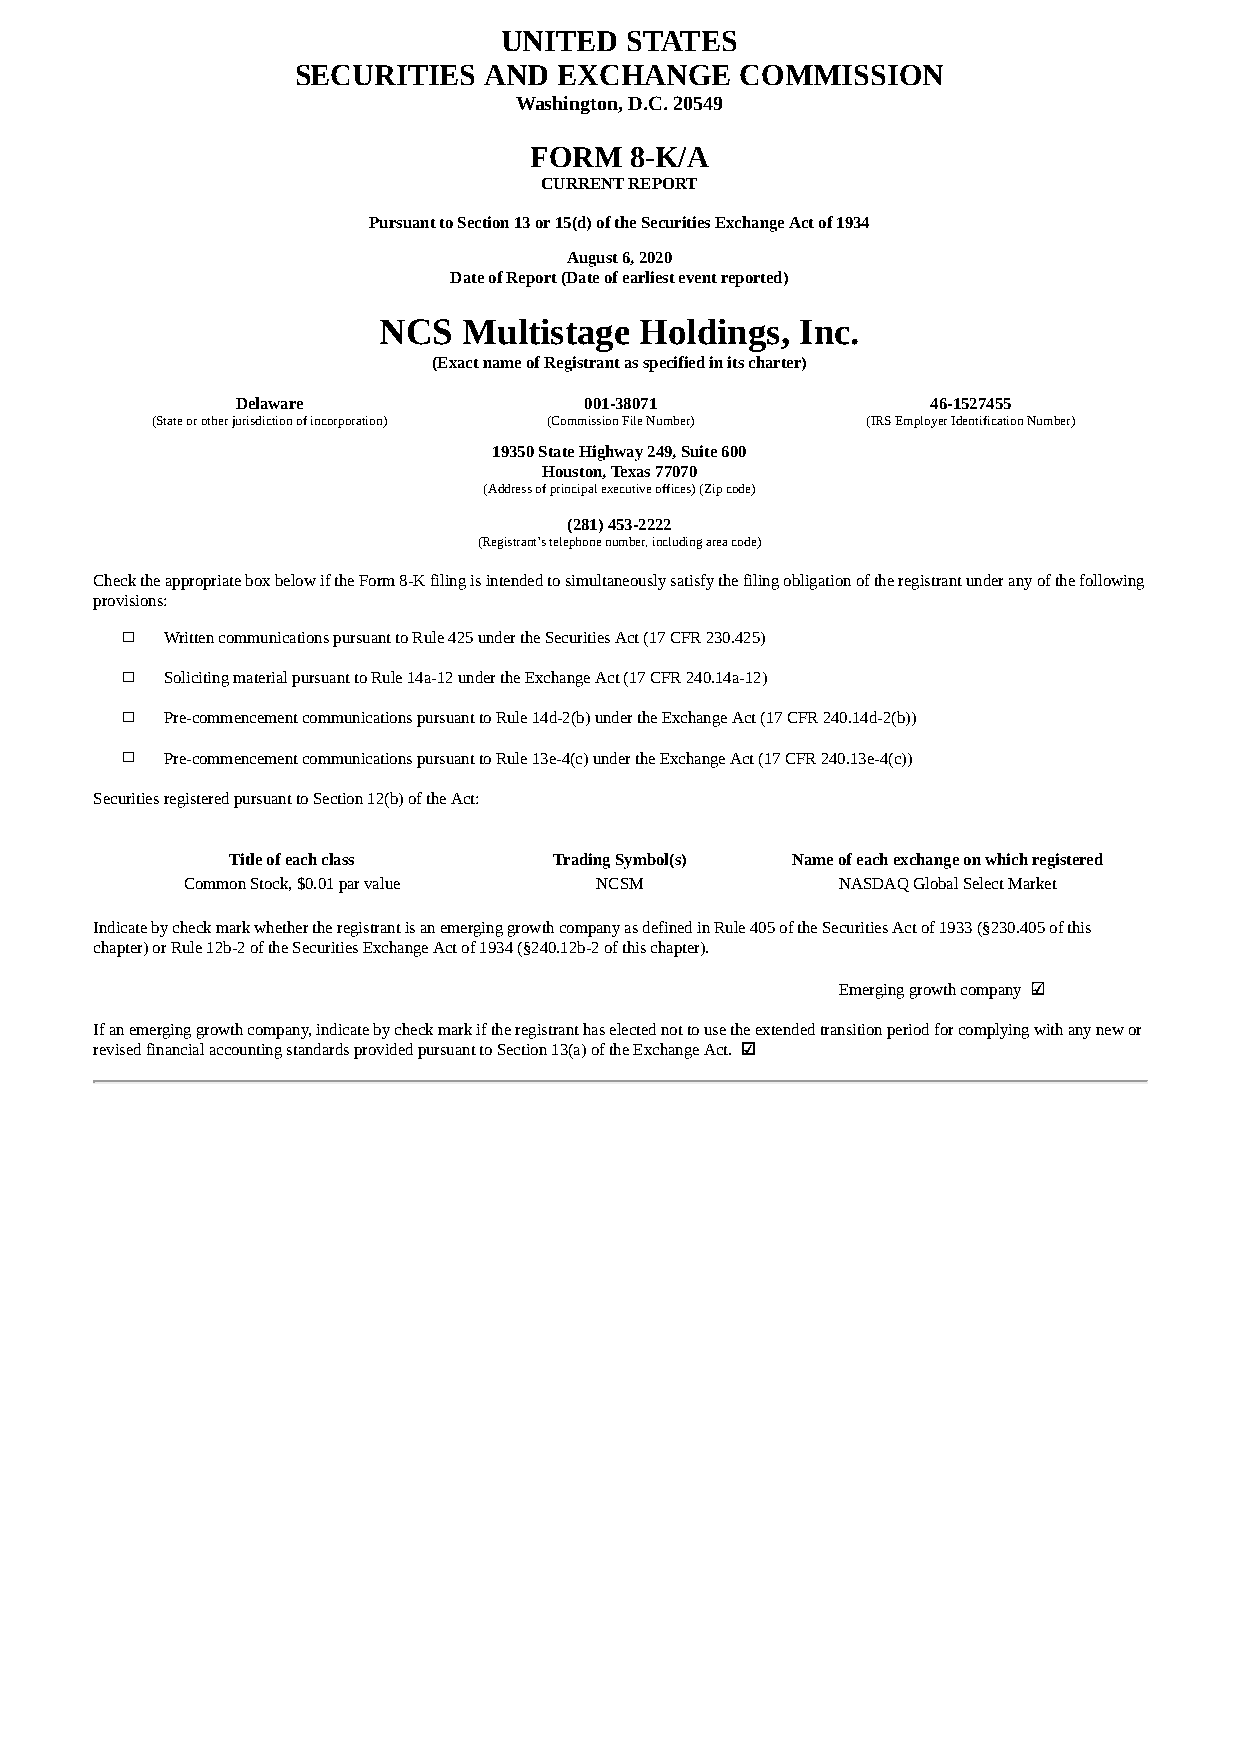
UNITED  STATES
 SECURITIES   AND  EXCHANGE    COMMISSION
 Washington, D.C. 20549
 FORM   8-K/A
 CURRENT REPORT
 Pursuant to Section 13 or 15(d) of the Securities Exchange Act of 1934
 August 6, 2020
 Date of Report (Date of earliest event reported)
 NCS   Multistage Holdings,  Inc.
 (Exact name of Registrant as specified in its charter)
 Delaware               001-38071              46-1527455
 (State or other jurisdiction of incorporation) (Commission File Number) (IRS Employer Identification Number)
 19350 State Highway 249, Suite 600
 Houston, Texas 77070
 (Address of principal executive offices) (Zip code)
 (281) 453-2222
 (Registrant’s telephone number, including area code)
 Check the appropriate box below if the Form 8-K filing is intended to simultaneously satisfy the filing obligation of the registrant under any of the following
 provisions:
 ☐  Written communications pursuant to Rule 425 under the Securities Act (17 CFR 230.425)
 ☐  Soliciting material pursuant to Rule 14a-12 under the Exchange Act (17 CFR 240.14a-12)
 ☐  Pre-commencement communications pursuant to Rule 14d-2(b) under the Exchange Act (17 CFR 240.14d-2(b))
 ☐  Pre-commencement communications pursuant to Rule 13e-4(c) under the Exchange Act (17 CFR 240.13e-4(c))
 Securities registered pursuant to Section 12(b) of the Act:
 Title of each class   Trading Symbol(s) Name of each exchange on which registered
 Common Stock, $0.01 par value NCSM          NASDAQ Global Select Market
 Indicate by check mark whether the registrant is an emerging growth company as defined in Rule 405 of the Securities Act of 1933 (§230.405 of this
 chapter) or Rule 12b-2 of the Securities Exchange Act of 1934 (§240.12b-2 of this chapter).
 Emerging growth company ☑
 If an emerging growth company, indicate by check mark if the registrant has elected not to use the extended transition period for complying with any new or
 revised financial accounting standards provided pursuant to Section 13(a) of the Exchange Act. ☑